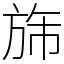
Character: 旆